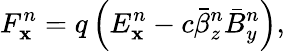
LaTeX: F_{\mathbf{x}}^{n}=q\left(E_{\mathbf{x}}^{n}-c\bar{{\beta}}_{z}^{n}\bar{{B}}_{y}^{n}\right),